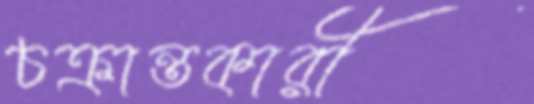
চক্রান্তকারী